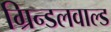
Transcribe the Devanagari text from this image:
ग्रिन्डलवाल्ड